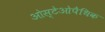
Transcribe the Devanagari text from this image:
ओस्टेओपैथिक